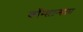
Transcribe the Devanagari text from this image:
कॉन्स्टान्सला